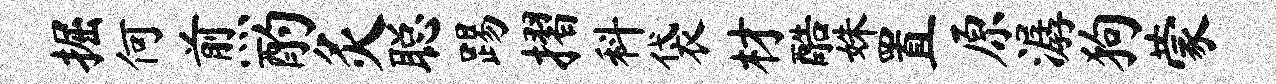
掘何煎酌灸聪踢摺科袋材酷姝置原潺狗蒙